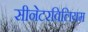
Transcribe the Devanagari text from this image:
सीनेटरविलियम